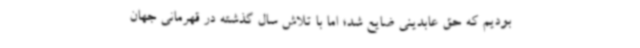
بودیم که حق عابدینی ضایع شد؛ اما با تلاش سال گذشته در قهرمانی جهان